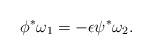
LaTeX: \begin{align*}\phi^{\ast}\omega_1=-\epsilon\psi^{\ast}\omega_2.\end{align*}